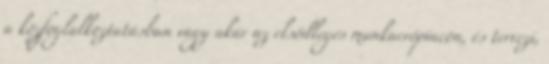
a közfoglalkoztatásban vagy akár az elsődleges munkaerőpiacon, és tervezi,